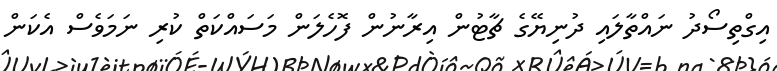
އިގްތިސޯދު ނައްތާލައި ދުނިޔޭގެ ޗާޓުން އިރާނުން ފޮހެލަން މަސައްކަތް ކުރި ނަމަވެސް އެކަން